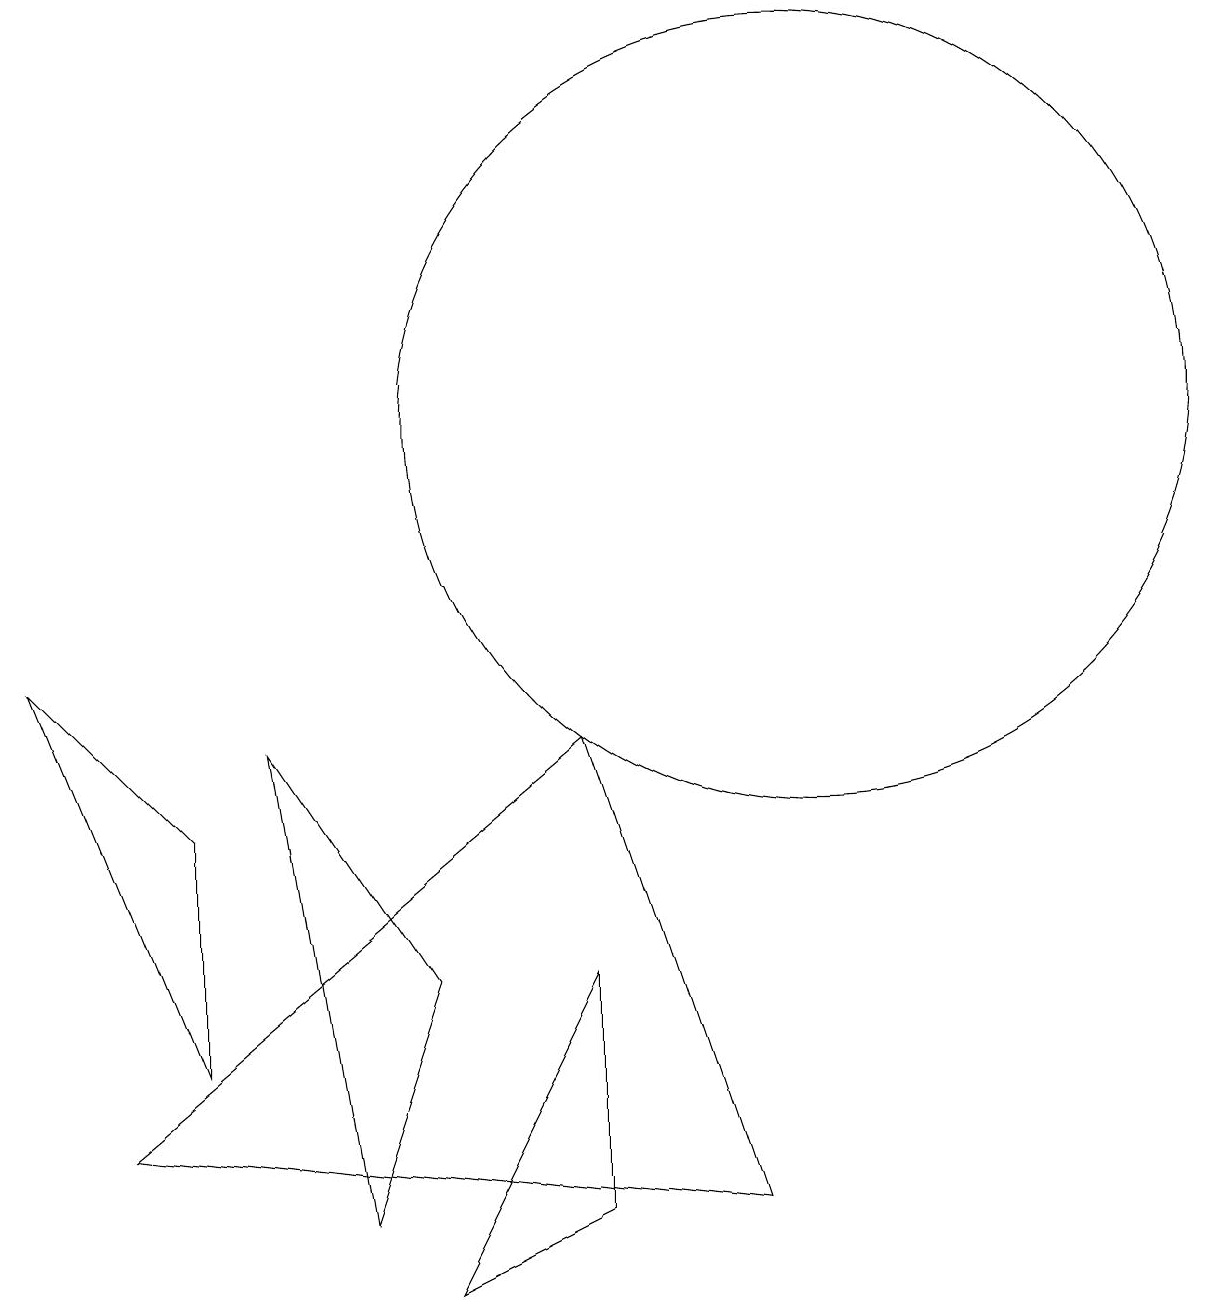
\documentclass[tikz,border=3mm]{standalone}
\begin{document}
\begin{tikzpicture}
\draw (9,2) -- (7,8) -- (1,3) -- cycle;
\draw (0,9) -- (2,7) -- (2,4) -- cycle;
\draw (7,5) -- (5,1) -- (7,2) -- cycle;
\draw (4,2) -- (5,5) -- (3,8) -- cycle;
\draw (10,12) circle (5);
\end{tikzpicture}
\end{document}